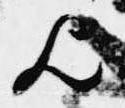
歟